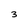
Character: 3